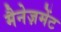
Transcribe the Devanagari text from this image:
मैनेज़मेंट